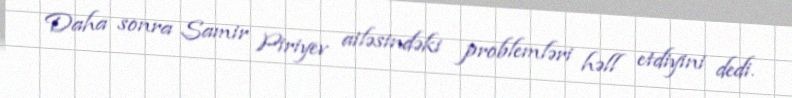
Daha sonra Samir Piriyev ailəsindəki problemləri həll etdiyini dedi.